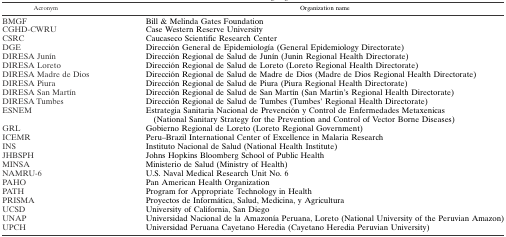
<table><thead><tr><td><b>Acronym</b></td><td><b>Organization name</b></td></tr></thead><tbody><tr><td>BMGF</td><td>Bill &amp; Melinda Gates Foundation</td></tr><tr><td>CGHD-CWRU</td><td>Case Western Reserve University</td></tr><tr><td>CSRC</td><td>Caucaseco Scientific Research Center</td></tr><tr><td>DGE</td><td>Dirección General de Epidemiología (General Epidemiology Directorate)</td></tr><tr><td>DIRESA Junín</td><td>Dirección Regional de Salud de Junín (Junin Regional Health Directorate)</td></tr><tr><td>DIRESA Loreto</td><td>Dirección Regional de Salud de Loreto (Loreto Regional Health Directorate)</td></tr><tr><td>DIRESA Madre de Dios</td><td>Dirección Regional de Salud de Madre de Dios (Madre de Dios Regional Health Directorate)</td></tr><tr><td>DIRESA Piura</td><td>Dirección Regional de Salud de Piura (Piura Regional Health Directorate)</td></tr><tr><td>DIRESA San Martín</td><td>Dirección Regional de Salud de San Martín (San Martin&#x27;s Regional Health Directorate)</td></tr><tr><td>DIRESA Tumbes</td><td>Dirección Regional de Salud de Tumbes (Tumbes&#x27; Regional Health Directorate)</td></tr><tr><td>ESNEM</td><td>Estrategia Sanitaria Nacional de Prevención y Control de Enfermedades Metaxenicas (National Sanitary Strategy for the Prevention and Control of Vector Borne Diseases)</td></tr><tr><td>GRL</td><td>Gobierno Regional de Loreto (Loreto Regional Government)</td></tr><tr><td>ICEMR</td><td>Peru–Brazil International Center of Excellence in Malaria Research</td></tr><tr><td>INS</td><td>Instituto Nacional de Salud (National Health Institute)</td></tr><tr><td>JHBSPH</td><td>Johns Hopkins Bloomberg School of Public Health</td></tr><tr><td>MINSA</td><td>Ministerio de Salud (Ministry of Health)</td></tr><tr><td>NAMRU-6</td><td>U.S. Naval Medical Research Unit No. 6</td></tr><tr><td>PAHO</td><td>Pan American Health Organization</td></tr><tr><td>PATH</td><td>Program for Appropriate Technology in Health</td></tr><tr><td>PRISMA</td><td>Proyectos de Informática, Salud, Medicina, y Agricultura</td></tr><tr><td>UCSD</td><td>University of California, San Diego</td></tr><tr><td>UNAP</td><td>Universidad Nacional de la Amazonía Peruana, Loreto (National University of the Peruvian Amazon)</td></tr><tr><td>UPCH</td><td>Universidad Peruana Cayetano Heredia (Cayetano Heredia Peruvian University)</td></tr></tbody></table>